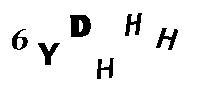
6YDHHH